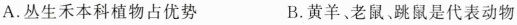
A.丛生禾本科植物占优势 B.黄羊、老鼠跳鼠是代表动物